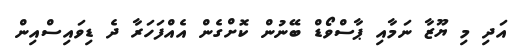
އަދި މި ޔޫޒާ ނަމާއި ޕާސްވޯޑް ބޭނުން ކޮށްގެން އެއްފަހަރާ ދެ ޑިވައިސްއިން